Report of the Indian Hemp Drugs Commission, 1894-1895 - Volume IV
Year: 1894
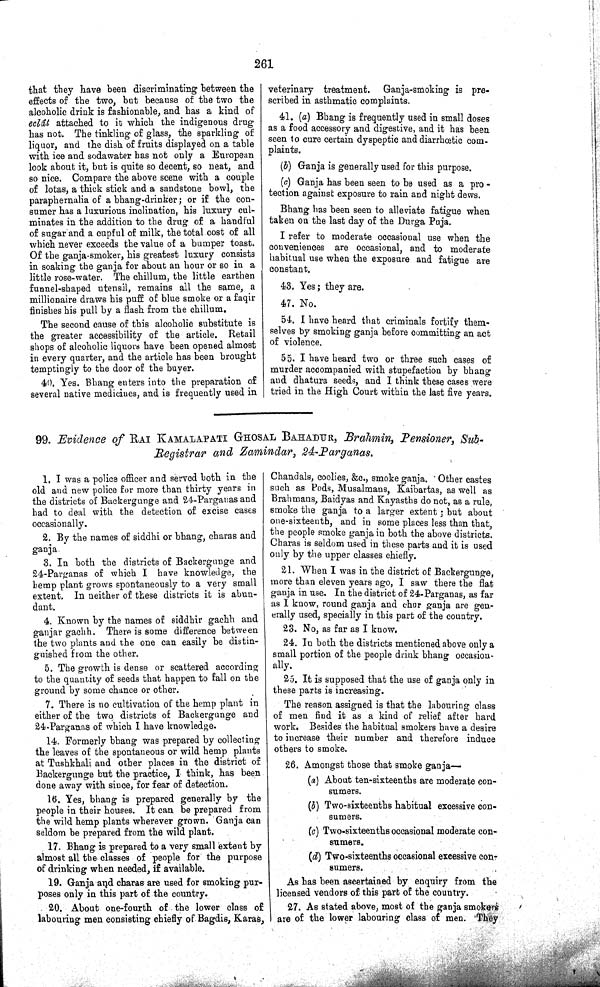
261
that they have been discriminating between the
effects of the two, but because of the two the
alcoholic drink is fashionable, and has a kind of
eclât attached to it which the indigenous drug
has not. The tinkling of glass, the sparkling of
liquor, and the dish of fruits displayed on a table
with ice and sodawater has not only a European
look about it, but is quite so decent, so neat, and
so nice. Compare the above scene with a couple
of lotas, a thick stick and a sandstone bowl, the
paraphernalia of a bhang-drinker; or if the con-
sumer has a luxurious inclination, his luxury cul-
minates in the addition to the drug of a handful
of sugar and a cupful of milk, the total cost of all
which never exceeds the value of a bumper toast.
Of the ganja-smoker, his greatest luxury consists
in soaking the ganja for about an hour or so in a
little rose-water. The chillum, the little earthen
funnel-shaped utensil, remains all the same, a
millionaire draws his puff of blue smoke or a faqir
finishes his pull by a flash from the chillum.
The second cause of this alcoholic substitute is
the greater accessibility of the article. Retail
shops of alcoholic liquors have been opened almost
in every quarter, and the article has been brought
temptingly to the door of the buyer.
40. Yes. Bhang enters into the preparation of
several native medicines, and is frequently used in
veterinary treatment. Ganja-smoking is pre-
scribed in asthmatic complaints.
41. (a) Bhang is frequently used in small doses
as a food accessory and digestive, and it has been
seen to cure certain dyspeptic and diarrhœtic com-
plaints.
(b) Ganja is generally used for this purpose.
(c) Ganja has been seen to be used as a pro-
tection against exposure to rain and night dews.
Bhang has been seen to alleviate fatigue when
taken on the last day of the Durga Puja.
I refer to moderate occasional use when the
conveniences are occasional, and to moderate
habitual use when the exposure and fatigue are
constant.
43. Yes; they are.
47. No.
54. I have heard that criminals fortify them-
selves by smoking ganja before committing an act
of violence.
55. I have heard two or three such cases of
murder accompanied with stupefaction by bhang
and dhatura seeds, and I think these cases were
tried in the High Court within the last five years.
99. Evidence of RAI KAMALAPATI GHOSAL BAHADUR, Brahmin, Pensioner, Sub-
Registrar and Zamindar, 24-Parganas.
1. I was a police officer and served both in the
old and new police for more than thirty years in
the districts of Backergunge and 24-Parganas and
had to deal with the detection of excise cases
occasionally.
2. By the names of siddhi or bhang, charas and
ganja.
3. In both the districts of Backergunge and
24-Parganas of which I have knowledge, the
hemp plant grows spontaneously to a very small
extent. In neither of these districts it is abun-
dant.
4. Known by the names of siddhir gachh and
ganjar gachh. There is some difference between
the two plants and the one can easily be distin-
guished from the other.
5. The growth is dense or scattered according
to the quantity of seeds that happen to fall on the
ground by some chance or other.
7. There is no cultivation of the hemp plant in
either of the two districts of Backergunge and
24-Parganas of which I have knowledge.
14. Formerly bhang was prepared by collecting
the leaves of the spontaneous or wild hemp plants
at Tushkhali and other places in the district of
Backergunge but the practice, I think, has been
done away with since, for fear of detection.
16. Yes, bhang is prepared generally by the
people in their houses. It can be prepared from
the wild hemp plants wherever grown. Ganja can
seldom be prepared from the wild plant.
17. Bhang is prepared to a very small extent by
almost all the classes of people for the purpose
of drinking when needed, if available.
19. Ganja and charas are used for smoking pur-
poses only in this part of the country.
20. About one-fourth of the lower class of
labouring men consisting chiefly of Bagdis, Karas,
Chandals, coolies, &c., smoke ganja. Other castes
such as Pods, Musalmans, Kaibartas, as well as
Brahmans, Baidyas and Kayasths do not, as a rule,
smoke the ganja to a larger extent; but about
one-sixteenth, and in some places less than that,
the people smoke ganja in both the above districts.
Charas is seldom used in these parts and it is used
only by the upper classes chiefly.
21. When I was in the district of Backergunge,
more than eleven years ago, I saw there the flat
ganja in use. In the district of 24-Parganas, as far
as I know, round ganja and chur ganja are gen-
erally used, specially in this part of the country.
23. No, as far as I know.
24. In both the districts mentioned above only a
small portion of the people drink bhang occasion-
ally.
25. It is supposed that the use of ganja only in
these parts is increasing.
The reason assigned is that the labouring class
of men find it as a kind of relief after hard
work. Besides the habitual smokers have a desire
to increase their number and therefore induce
others to smoke.
26. Amongst those that smoke ganja—
(a) About ten-sixteenths are moderate con-
sumers.
(b) Two-sixteenths habitual excessive con-
sumers.
(c) Two-sixteenths occasional moderate con-
sumers.
(d) Two-sixteenths occasional excessive con-
sumers.
As has been ascertained by enquiry from the
licensed vendors of this part of the country.
27. As stated above, most of the ganja smokers
are of the lower labouring class of men. They